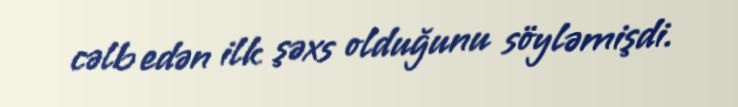
cəlb edən ilk şəxs olduğunu söyləmişdi.